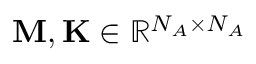
\mathbf { M } , \mathbf { K } \in \mathbb { R } ^ { N _ { A } \times N _ { A } }